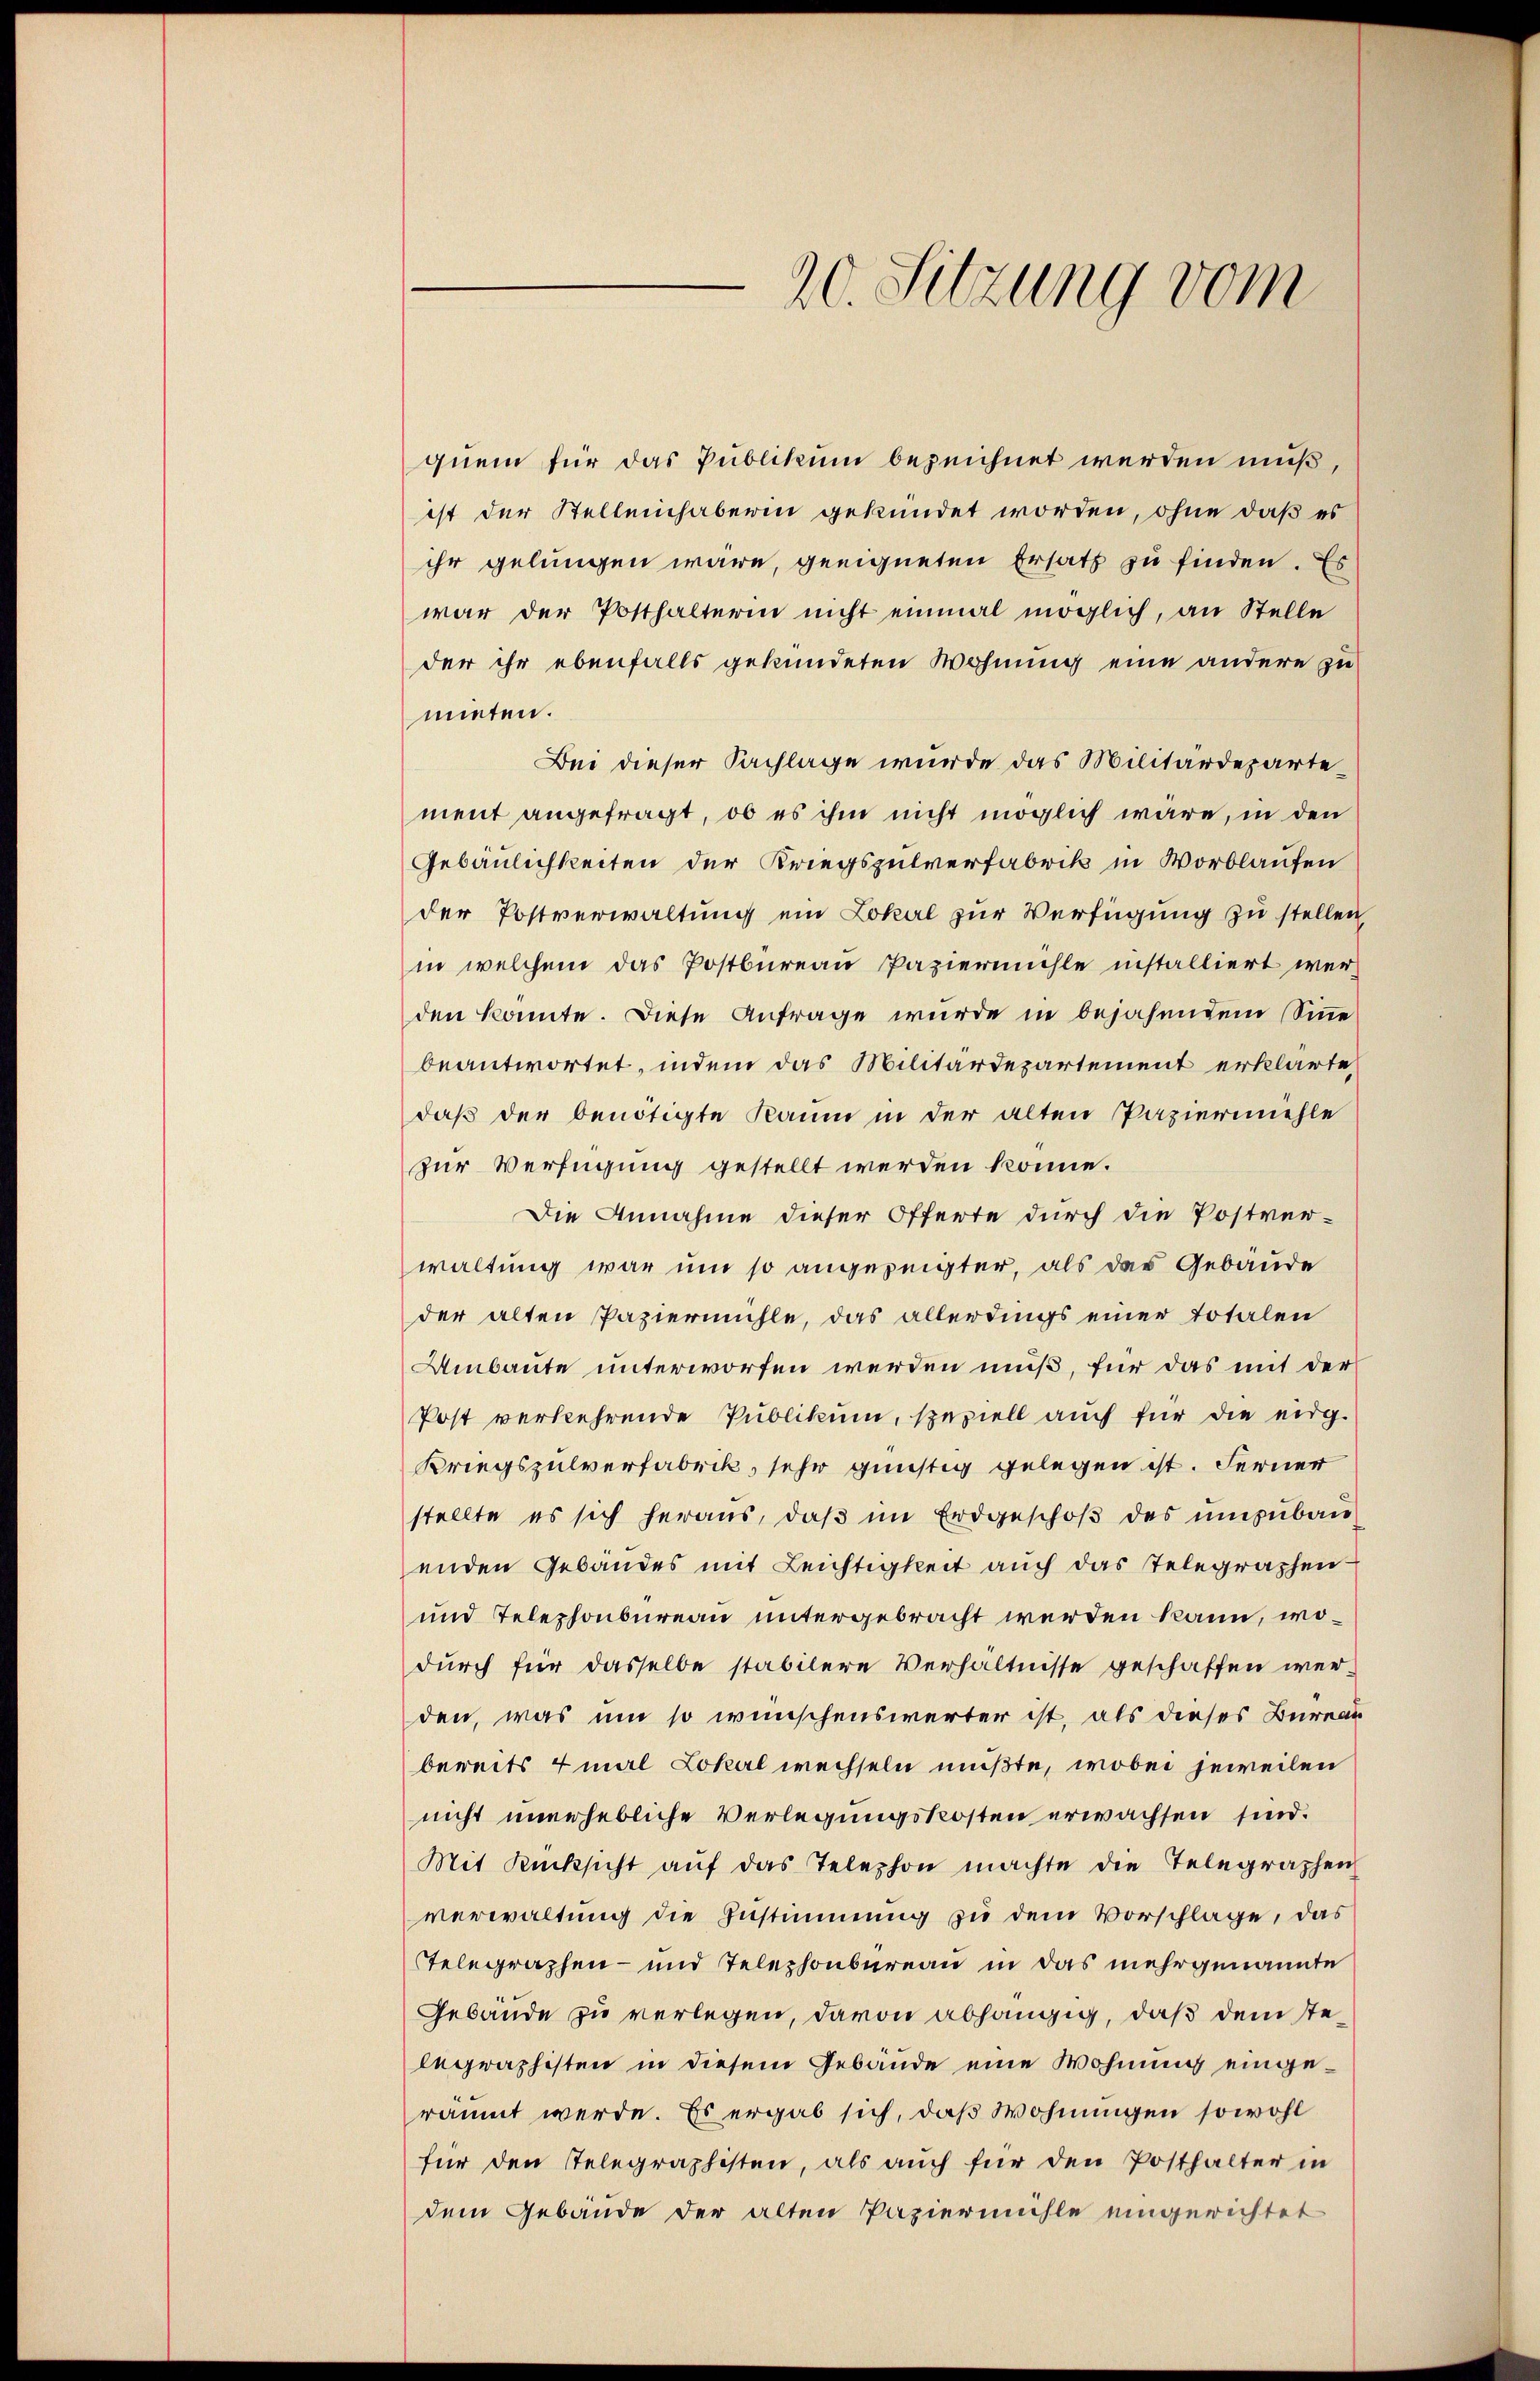
quem für das Publikum bezeichnet werden muß,
ist der Stellenchaberen gekündet worden, ohne daß es
ihr gelungen wäre, geeigneten Ersatz zu finden. Es
war der Posthalterin nicht einmal möglich, an Stelle
der ihr ebenfalls gekündeten Wohnung eine andere zu
mieten.
Bei dieser Sachlage wurde das Militärdepartement angefragt, ob es ihm nicht möglich wäre, in den
Gebäulichkeiten der Kriegspulverfabrik in Vorblaufen
der Postverwaltung ein Lokal zur Verfügung zu stellen,
in welchem das Postbureau Papiermühle installiert werden konnte. Diese Anfrage wurde in bejahendem Sinne
beantwortet, indem das Militärdepartement erklärte,
daß der benötigte Raum in der alten Papiermehle
zur Verfügung gestellt werden könne.
Die Annahme dieser Offerte durch die Postverwaltung war um so angezeigter, als das Gebäude
der alten Papiermühle, das allerdings einer totalen
Umbaute unterworfen werden muß, für das mit der
Post verkehrende Publikum, speziell auch für die eidg.
Kriegszulverfabrik, sehr günstig gelegen ist. Ferner
stellte es sich heraus, daß im Erdgeschoß des umzubau
enden Gebäudes mit Leichtigkeit auch das Telegraphen
und Telephonbureau untergebracht werden kann, wodurch für dasselbe stabilere Verhältnisse geschaffen werden, was um so wünschenswerter ist, als dieses Bureau
bereits 4 mal Lokal wechseln müßte, wobei jeweilen
nicht unerhebliche Verlegungskosten erwachsen sind.
Mit Rücksicht aŭf das Telephon machte die Telegraphen
verwaltung die Zustimmung zu dem Vorschlage, das
Telegraphen- und Telephonbureau in das mehrgenannte
Gebäude zu verlegen, davon abhängig, daß dem stelegraphisten in diesem Gebäude eine Wohnung eingeräumt werde. Es ergab sich, daß Wohnungen sowohl
für den Telegraphisten, als auch für den Posthalter in
dem Gebäude der alten Papiermühle eingerichtet

20. Sitzung vom